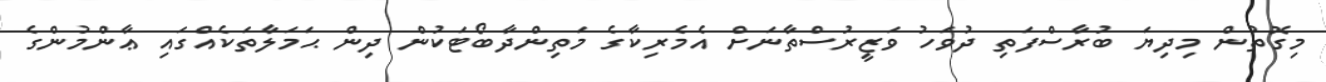
މިގޮތުން މިދިޔަ ބުރާސްފަތި ދުވަހު ވަޒީރުސްތާނަށް އެމެރިކާގެ މަތިންދާބޯޓަކުން ދިން ޙަމަލާތަކެއްގައި ޢާންމުންގެ